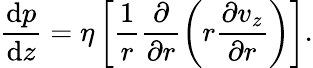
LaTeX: \frac{\mathrm{d}p}{\mathrm{d}z}=\eta\left[\frac{1}{r}\frac{\partial}{\partial r}\left(r\frac{\partial v_{z}}{\partial r}\right)\right].